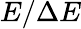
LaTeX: E/\Delta E